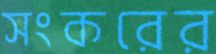
সংকরের